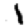
Digit: 1